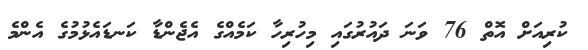
ކުރިއަށް އޮތް 76 ވަނަ ދައުރުގައި މިހުރިހާ ކަމެއްގެ އެޖެންޑާ ކަނޑައެޅުމުގެ އެންމެ